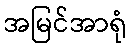
အမြင်အာရုံ